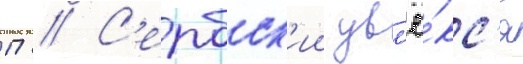
П // С'ербск'ии увл'ё́кс'я